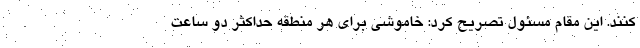
کنند. این مقام مسئول تصریح کرد: خاموشی برای هر منطقه حداکثر دو ساعت